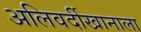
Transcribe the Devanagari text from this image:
अलिवर्दीखानाला